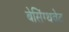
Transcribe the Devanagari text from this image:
बेसिंग्थवेट